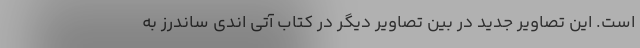
است. این تصاویر جدید در بین تصاویر دیگر در کتاب آتی اندی ساندرز به